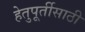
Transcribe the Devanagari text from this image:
हेतुपूर्तीसाठी